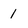
Character: 1